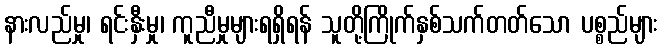
နားလည်မှု၊ ရင်းနှီးမှု၊ ကူညီမှုများရရှိရန် သူတို့ကြိုက်နှစ်သက်တတ်သော ပစ္စည်များ